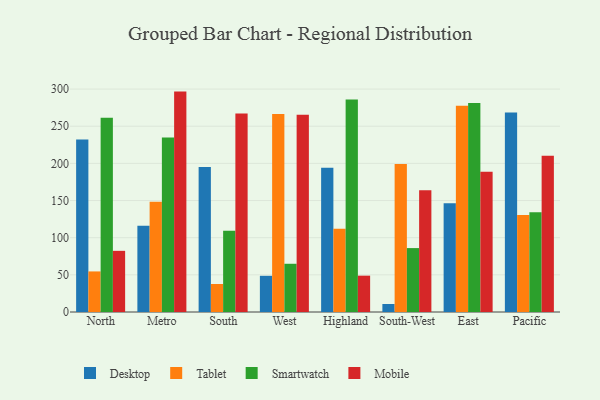
{"axis": {"x": "Region", "y": "Market Share (%)"}, "legend": ["Desktop", "Mobile", "Smartwatch", "Tablet"], "data": [{"x": "North", "y": 232.1, "type": "Desktop"}, {"x": "North", "y": 54.6, "type": "Tablet"}, {"x": "North", "y": 261.4, "type": "Smartwatch"}, {"x": "North", "y": 82.3, "type": "Mobile"}, {"x": "Metro", "y": 116.0, "type": "Desktop"}, {"x": "Metro", "y": 148.2, "type": "Tablet"}, {"x": "Metro", "y": 234.8, "type": "Smartwatch"}, {"x": "Metro", "y": 296.6, "type": "Mobile"}, {"x": "South", "y": 195.2, "type": "Desktop"}, {"x": "South", "y": 37.7, "type": "Tablet"}, {"x": "South", "y": 109.2, "type": "Smartwatch"}, {"x": "South", "y": 267.0, "type": "Mobile"}, {"x": "West", "y": 48.7, "type": "Desktop"}, {"x": "West", "y": 266.5, "type": "Tablet"}, {"x": "West", "y": 64.9, "type": "Smartwatch"}, {"x": "West", "y": 265.5, "type": "Mobile"}, {"x": "Highland", "y": 194.2, "type": "Desktop"}, {"x": "Highland", "y": 112.1, "type": "Tablet"}, {"x": "Highland", "y": 286.0, "type": "Smartwatch"}, {"x": "Highland", "y": 48.9, "type": "Mobile"}, {"x": "South-West", "y": 10.8, "type": "Desktop"}, {"x": "South-West", "y": 199.3, "type": "Tablet"}, {"x": "South-West", "y": 86.0, "type": "Smartwatch"}, {"x": "South-West", "y": 164.0, "type": "Mobile"}, {"x": "East", "y": 146.5, "type": "Desktop"}, {"x": "East", "y": 277.7, "type": "Tablet"}, {"x": "East", "y": 281.3, "type": "Smartwatch"}, {"x": "East", "y": 188.6, "type": "Mobile"}, {"x": "Pacific", "y": 268.5, "type": "Desktop"}, {"x": "Pacific", "y": 130.5, "type": "Tablet"}, {"x": "Pacific", "y": 134.4, "type": "Smartwatch"}, {"x": "Pacific", "y": 210.4, "type": "Mobile"}]}